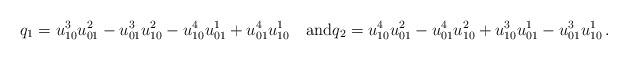
LaTeX: \begin{align*}q_1=u^3_{10}u^2_{01}-u^3_{01}u^2_{10}-u^4_{10}u^1_{01}+u^4_{01}u^1_{10}\quad{\rm and}q_2=u^4_{10}u^2_{01}-u^4_{01}u^2_{10}+u^3_{10}u^1_{01}-u^3_{01}u^1_{10}\,.\end{align*}